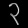
Digit: ၃